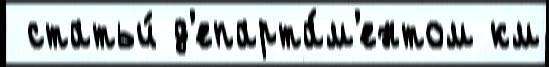
 статьи́ д'епарта́м'ентом км